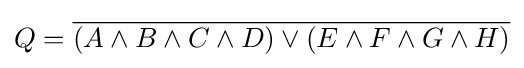
Q={\overline {(A\wedge B\wedge C\wedge D)\vee (E\wedge F\wedge G\wedge H)}}